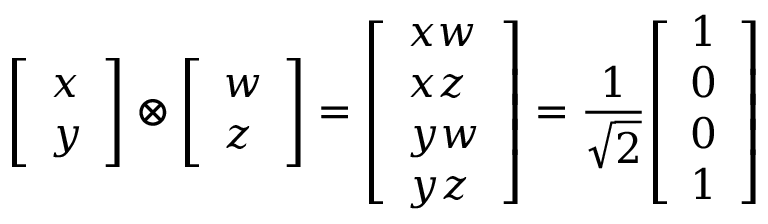
{ \left[ \begin{array} { l } { x } \\ { y } \end{array} \right] } \otimes { \left[ \begin{array} { l } { w } \\ { z } \end{array} \right] } = { \left[ \begin{array} { l } { x w } \\ { x z } \\ { y w } \\ { y z } \end{array} \right] } = { \frac { 1 } { \sqrt { 2 } } } { \left[ \begin{array} { l } { 1 } \\ { 0 } \\ { 0 } \\ { 1 } \end{array} \right] }